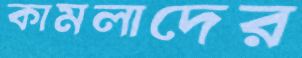
কামলাদের